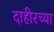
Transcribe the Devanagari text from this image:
दाहीरच्या